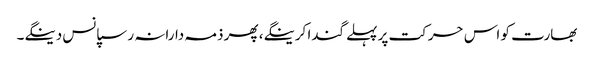
بھارت کو اس حرکت پر پہلے گندا کرینگے، پھر ذمہ دارانہ رسپانس دینگے۔